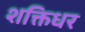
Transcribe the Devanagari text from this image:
शक्तिधर